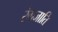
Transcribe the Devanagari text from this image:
रंगजाति